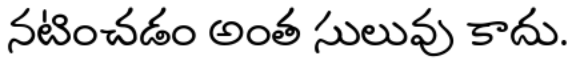
నటించడం అంత సులువు కాదు.